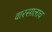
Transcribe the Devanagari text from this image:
वारसालाच